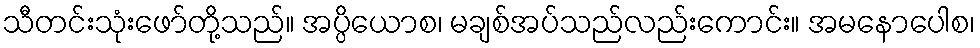
သီတင်းသုံးဖော်တို့သည်။ အပ္ပိယောစ၊ မချစ်အပ်သည်လည်းကောင်း။ အမနောပေါစ၊